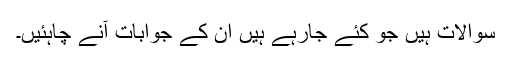
سوالات ہیں جو کئے جارہے ہیں ان کے جوابات آنے چاہئیں۔